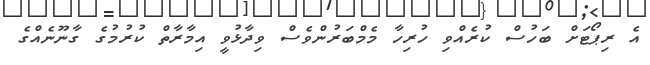
އެ ރިޕޯޓަށް ބަހުސް ކުރެއްވި ހުރިހާ މެމްބަރުންވެސް ވިދާޅުވީ އިމާރާތް ކުރުމުގެ ގާނޫނެއްގެ